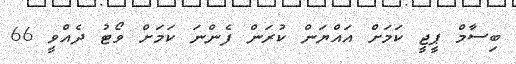
ބިސާމް ޕީޖީ ކަމަށް އައްޔަން ކުރަން ފެންނަ ކަމަށް ވޯޓު ދެއްވީ 66